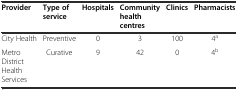
| Provider | Type of service | Hospitals | Community health centres | Clinics | Pharmacists |
 | --- | --- | --- | --- | --- | --- |
 | City Health | Preventive | 0 | 3 | 100 | 4a |
 | Metro District Health Services | Curative | 9 | 42 | 0 | 4b |